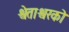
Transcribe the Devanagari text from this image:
श्वेताश्वरको